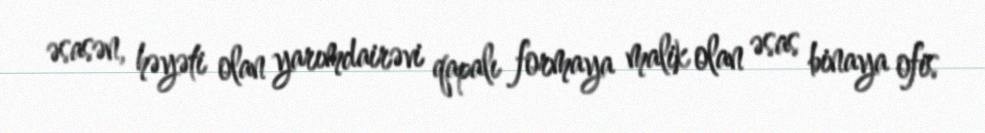
əsasən, həyəti olan yarımdairəvi qapalı formaya malik olan əsas binaya ofis